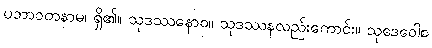
ပဘာဝတနာမ၊ ရှိ၏။ သုဒဿနောဝ။ သုဒဿနလည်းကောင်း။ သုဒေဝေါစ